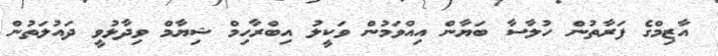
އާޒިމްގެ ފަރާތުން ހުލާސާ ބަޔާން އިއްވަމުން ވަކީލު އިބްރާހިމް ޝިޔާމް ވިދާޅުވީ ދައުލަތުން